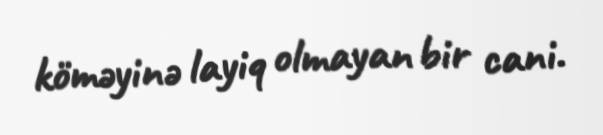
köməyinə layiq olmayan bir cani.